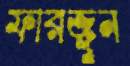
ফারজুন